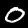
Digit: 0